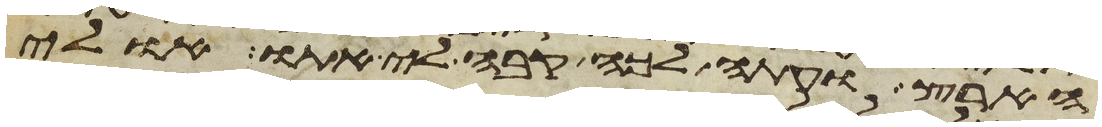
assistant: הארץ ועתה לכה קבה לי אתו אולי